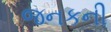
જનકની